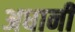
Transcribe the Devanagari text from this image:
अधानी